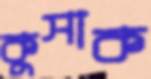
কুসাক